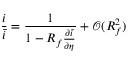
\frac { i } { \bar { i } } = \frac { 1 } { 1 - R _ { f } \frac { \partial \bar { i } } { \partial \eta } } + \mathcal { O } ( R _ { f } ^ { 2 } )